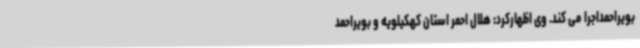
بویراحمداجرا می کند. وی اظهارکرد: هلال احمر استان کهکیلویه و بویراحمد